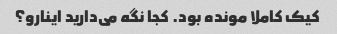
کیک کاملا مونده بود. کجا نگه می‌دارید اینارو؟